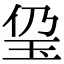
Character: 㺱